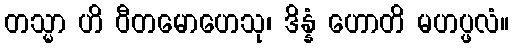
တသ္မာ ဟိ ဝီတမောဟေသု၊ ဒိန္နံ ဟောတိ မဟပ္ဖလံ။